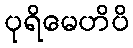
ပုရိမေဟိပိ